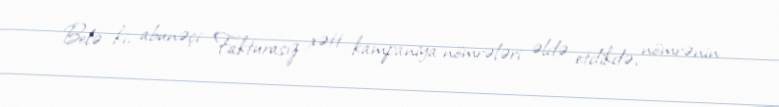
Belə ki, abunəçi Fakturasız xətt kampaniya nömrələri əldə etdikdə, nömrənin